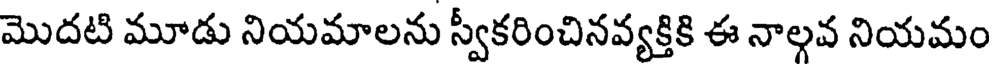
మొదటి మూడు నియమాలను స్వీకరించినవ్యక్తికి ఈ నాలవ నియమం